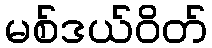
မစ်ဒယ်ဝိတ်